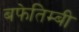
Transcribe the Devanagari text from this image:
बफेतिम्बी